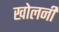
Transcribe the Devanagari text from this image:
खोलनी